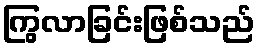
ကြွလာခြင်းဖြစ်သည်